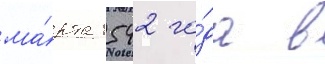
ма́рта 1542 го́да в